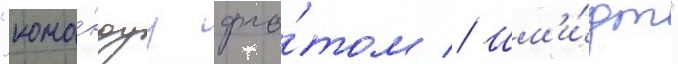
"кома́ндуу фло́том // Шм'и́дт"